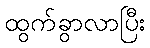
ထွက်ခွာလာပြီး